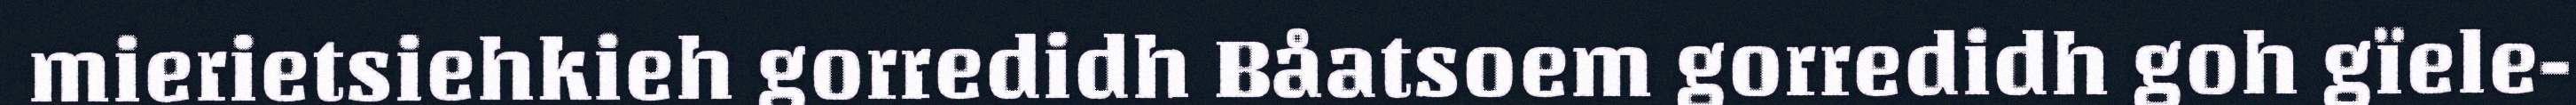
mierietsiehkieh gorredidh Båatsoem gorredidh goh gïele-